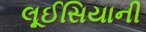
લૂઈસિયાની